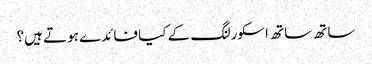
ساتھ ساتھ اسکورلنگ کے کیا فائدے ہوتے ہیں؟